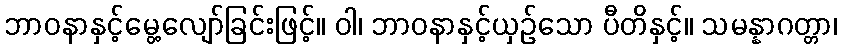
ဘာဝနာနှင့်မွေ့လျော်ခြင်းဖြင့်။ ဝါ၊ ဘာဝနာနှင့်ယှဉ်သော ပီတိနှင့်။ သမန္နာဂတ္တာ၊